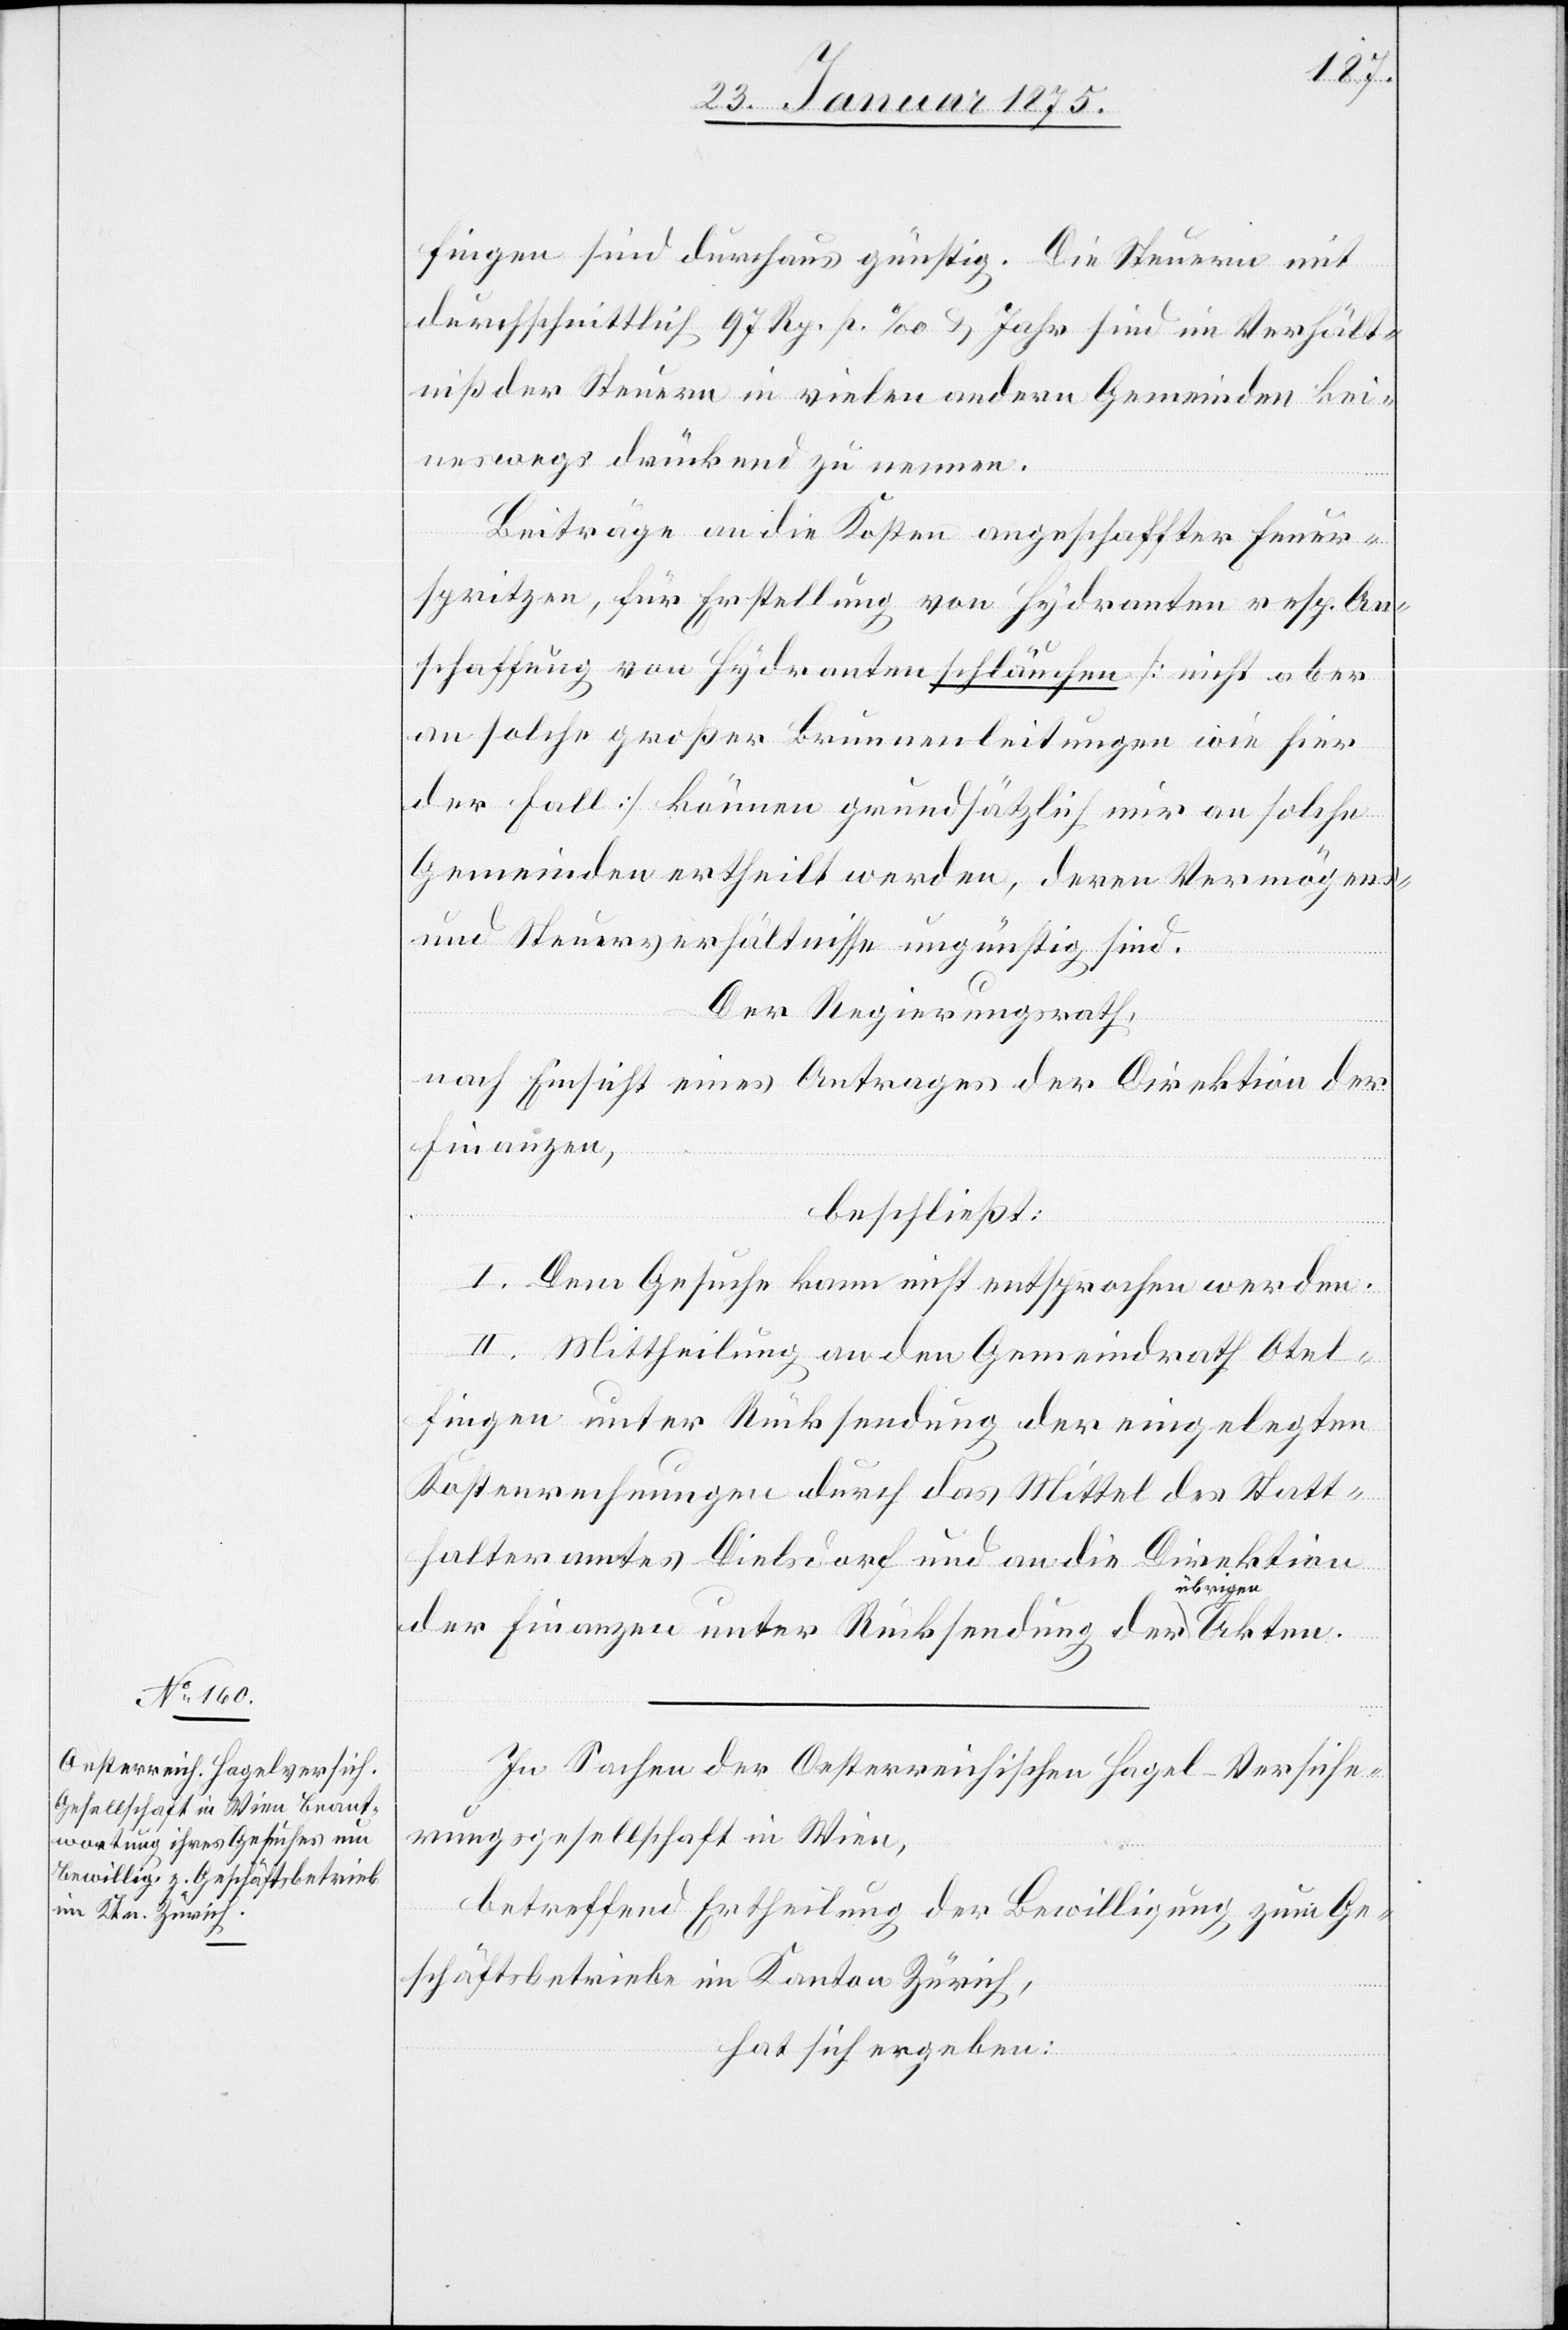
fingen sind durchaus günstig. Die Steuern mit
durchschnittlich 97 Rp. p. ‰ & Jahr sind im Verhält¬
niß der Steuern in vielen andern Gemeinden kei¬
neswegs drückend zu nennen.
Beiträge an die Kosten angeschaffter Erneu¬
erungen, für Erstellung von Hydranten resp. An¬
schaffung von Hydrantenschläuchen (nicht aber
an solche großer Brunnenleitungen wie hier
der Fall) können grundsätzlich nur an solche
Gemeinden ertheilt werden, deren Vermögens-
und Steuerverhältnisse ungünstig sind.
Der Regierungsrath,
nach Einsicht eines Antrages der Direktion der
Finanzen,
beschließt:
I. Dem Gesuche kann nicht entsprochen werden.
II. Mittheilung an den Gemeindrath Otel¬
fingen unter Rücksendung der eingelegten
Kostenrechnungen durch das Mittel des Statt¬
halteramtes Dielsdorf und an die Direktion
der Finanzen unter Rücksendung der a-übrigen-a
In Sachen der Oesterreichischen Hagel-Versiche¬
rungsgesellschaft in Wien,
betreffend Ertheilung der Bewilligung zum Ge¬
schäftsbetriebe im Kanton Zürich,
hat sich ergeben: